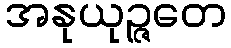
အနုယုဉ္ဇတေ